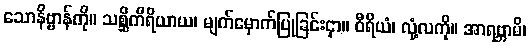
သောနိဗ္ဗာန်ကို။ သစ္ဆိကိရိယာယ၊ မျက်မှောက်ပြုခြင်းငှာ။ ဝီရိယံ၊ လုံ့လကို။ အာရဗ္ဘာမိ၊